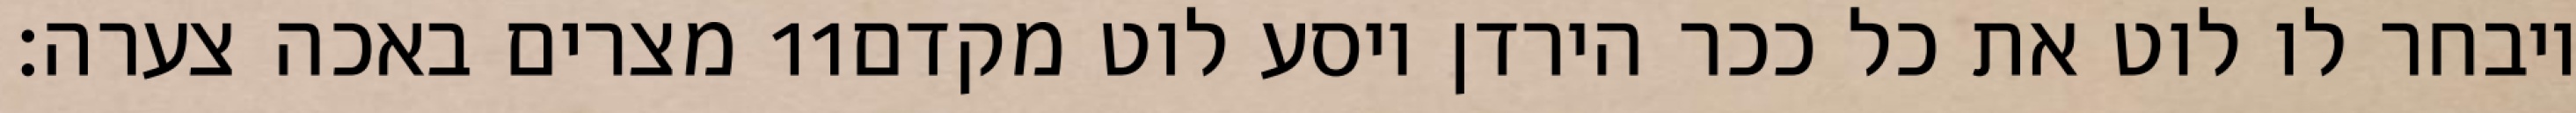
מצרים באכה צערה׃ ‎11‏ ויבחר לו לוט את כל ככר הירדן ויסע לוט מקדם